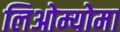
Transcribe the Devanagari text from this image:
लिओम्योमा